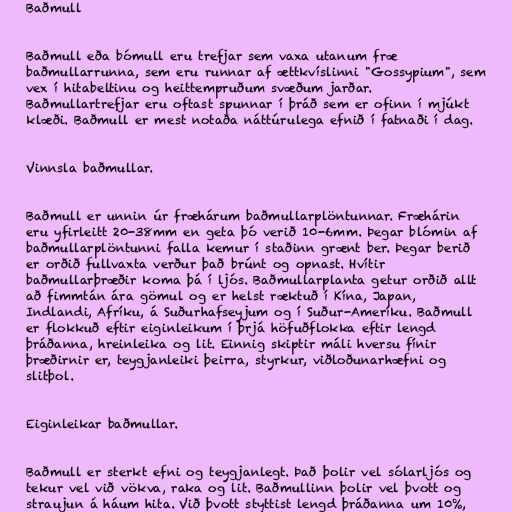
Baðmull

Baðmull eða bómull eru trefjar sem vaxa utanum fræ
baðmullarrunna, sem eru runnar af ættkvíslinni "Gossypium", sem
vex í hitabeltinu og heittempruðum svæðum jarðar.
Baðmullartrefjar eru oftast spunnar í þráð sem er ofinn í mjúkt
klæði. Baðmull er mest notaða náttúrulega efnið í fatnaði í dag.

Vinnsla baðmullar.

Baðmull er unnin úr fræhárum baðmullarplöntunnar. Fræhárin
eru yfirleitt 20-38mm en geta þó verið 10-6mm. Þegar blómin af
baðmullarplöntunni falla kemur í staðinn grænt ber. Þegar berið
er orðið fullvaxta verður það brúnt og opnast. Hvítir
baðmullarþræðir koma þá í ljós. Baðmullarplanta getur orðið allt
að fimmtán ára gömul og er helst ræktuð í Kína, Japan,
Indlandi, Afríku, á Suðurhafseyjum og í Suður-Ameríku. Baðmull
er flokkuð eftir eiginleikum í þrjá höfuðflokka eftir lengd
þráðanna, hreinleika og lit. Einnig skiptir máli hversu fínir
þræðirnir er, teygjanleiki þeirra, styrkur, viðloðunarhæfni og
slitþol.

Eiginleikar baðmullar.

Baðmull er sterkt efni og teygjanlegt. Það þolir vel sólarljós og
tekur vel við vökva, raka og lit. Baðmullinn þolir vel þvott og
straujun á háum hita. Við þvott styttist lengd þráðanna um 10%,